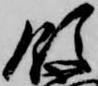
領